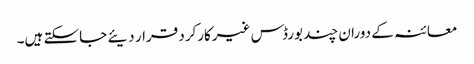
معائنہ کے دوران چند بورڈس غیرکارکرد قرار دیئے جاسکتے ہیں۔